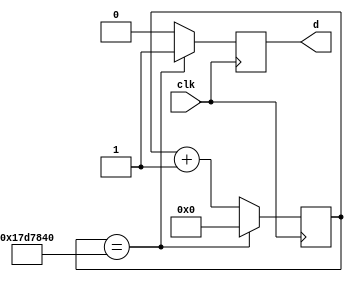
`define count 25000000
module rate_divider (input clk, output d);
	reg [27:0] counter;
	reg [1:0] b;
	initial begin
		counter <= 0;
	end
	always @(posedge clk) begin
		counter <= counter + 1;
		b <= 1'b0;
		if (counter == `count) begin
			counter <= 0;
			b <= 1'b1;
		end
	end
	assign d = b[0];
endmodule